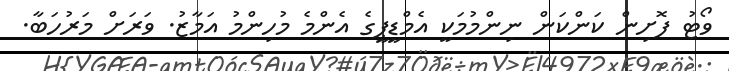
ވޯޓު ފޮށިން ކަންކަން ނިންމުމަކީ އެމްޑީޕީގެ އެންމެ މުހިންމު އަމާޒު. ވަރަށް މަރުހަބާ.